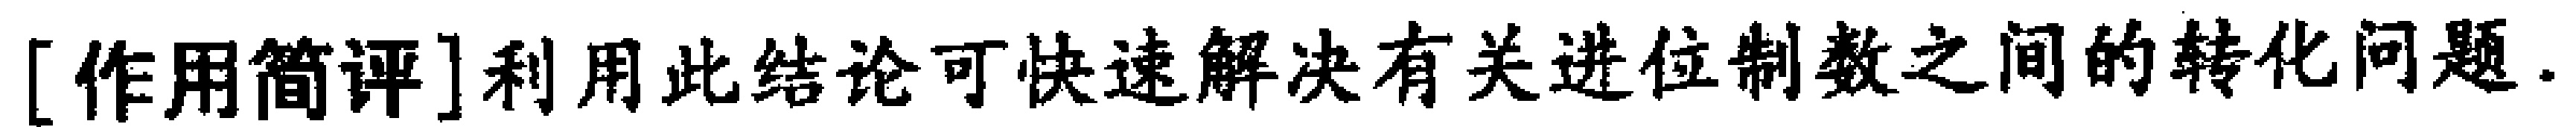
[作用简评]利用此结论可快速解决有关进位制数之间的转化问题.